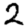
Digit: 2